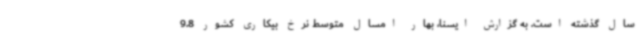
سال گذشته است. به گزارش ایسنا، بهار امسال متوسط نرخ بیکاری کشور 9.8